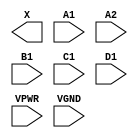
module sky130_fd_sc_hs__o2111a (
    X   ,
    A1  ,
    A2  ,
    B1  ,
    C1  ,
    D1  ,
    VPWR,
    VGND
);

    output X   ;
    input  A1  ;
    input  A2  ;
    input  B1  ;
    input  C1  ;
    input  D1  ;
    input  VPWR;
    input  VGND;
endmodule